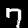
Digit: 7